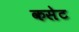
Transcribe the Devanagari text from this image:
कसेट